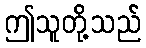
ဤသူတို့သည်